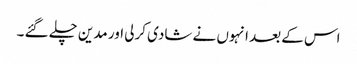
اس کے بعد انہوں نے شادی کرلی اور مدین چلے گئے ۔